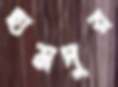
হামদুর